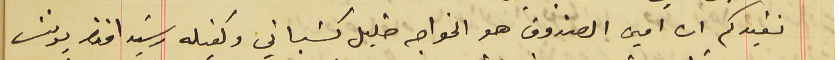
نفيدكم ان امين الصندوق هو الخواجه خليل كسَباني وكفيله رشيد افندى يونسَ